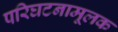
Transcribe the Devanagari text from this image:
परिघटनामूलक